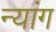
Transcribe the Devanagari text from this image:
न्यांग